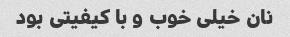
نان خیلی خوب و با کیفیتی بود